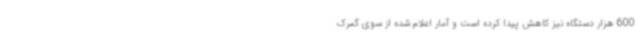
600 هزار دستگاه نیز کاهش پیدا کرده است و آمار اعلام شده از سوی گمرک